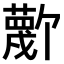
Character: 𫉼